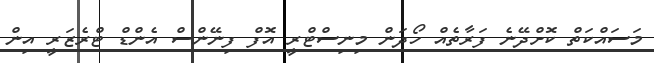
މަސައްކަތް ކޮށްދޭނެ ފަރާތެއް ހޯދަން މިނިސްޓްރީ އޮފް ފިނޭންސް އެންޑް ޓްރެޒަރީ އިން